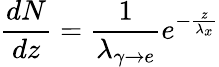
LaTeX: \frac{dN}{dz}=\frac{1}{\lambda_{\gamma\rightarrow e}}e^{-\frac{z}{\lambda_{x}}}